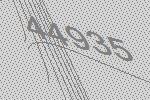
44935